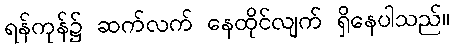
ရန်ကုန်၌ ဆက်လက် နေထိုင်လျက် ရှိနေပါသည်။